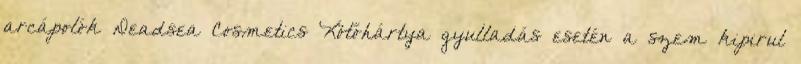
arcápolók Deadsea Cosmetics Kötőhártya gyulladás esetén a szem kipirul